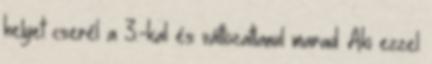
helyet cserél a 3.-kal és változatlanul marad. Aki ezzel